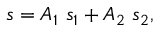
s = A _ { 1 } \ s _ { 1 } + A _ { 2 } \ s _ { 2 } ,